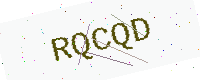
Text: RQCQD